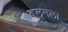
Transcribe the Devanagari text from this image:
बलूनला